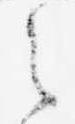
之